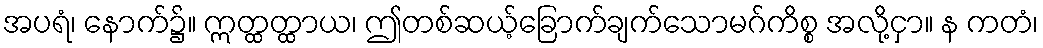
အပရံ၊ နောက်၌။ ဣတ္ထတ္ထာယ၊ ဤတစ်ဆယ့်ခြောက်ချက်သောမဂ်ကိစ္စ အလို့ငှာ။ န ကတံ၊